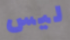
ليس